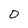
Character: 0